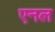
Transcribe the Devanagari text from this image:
एनल